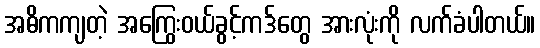
အဓိကကျတဲ့ အကြွေးဝယ်ခွင့်ကဒ်တွေ အားလုံးကို လက်ခံပါတယ်။